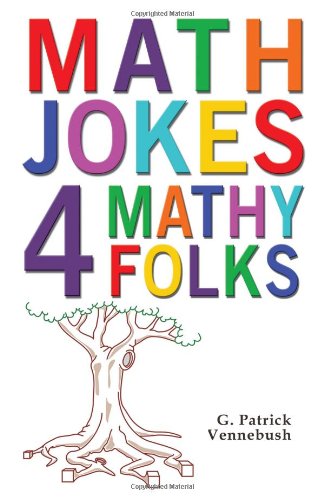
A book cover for Math Jokes 4 Mathy Folks; G. Patrick Vennebush; Humor & Entertainment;